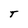
Character: T